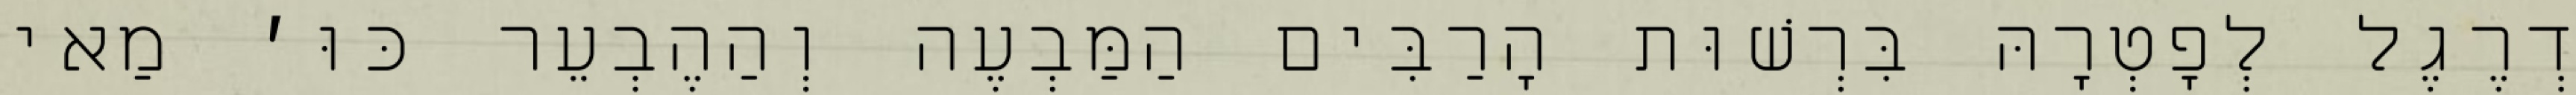
דְרֶגֶל לְפׇטְרָהּ בִּרְשׁוּת הָרַבִּים הַמַּבְעֶה וְהַהֶבְעֵר כּוּ׳ מַאי